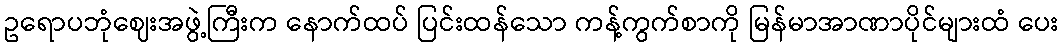
ဥရောပဘုံဈေးအဖွဲ့ကြီးက နောက်ထပ် ပြင်းထန်သော ကန့်ကွက်စာကို မြန်မာအာဏာပိုင်များထံ ပေး